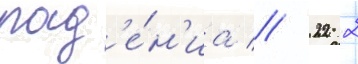
пад'е́н'иа // 22 2